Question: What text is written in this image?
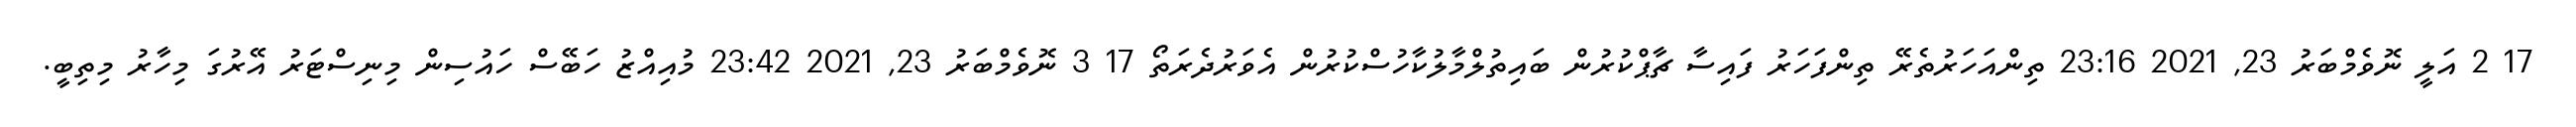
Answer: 17 2 އަލީ ނޮވެމްބަރު 23, 2021 23:16 ތިންއަހަރުތެރޭ ތިންފަހަރު ފައިސާ ޗާޕްކުރުން ބައިތުލްމާލުކާހުސްކުރުން އެވަރުދެރަތޯ 17 3 ނޮވެމްބަރު 23, 2021 23:42 މުއިއްޒު ހަބޭސް ހައުސިން މިނިސްޓަރު އޭރުގަ މިހާރު މިތިބީ.